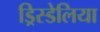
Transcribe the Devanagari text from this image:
ड्रिस्डेलिया